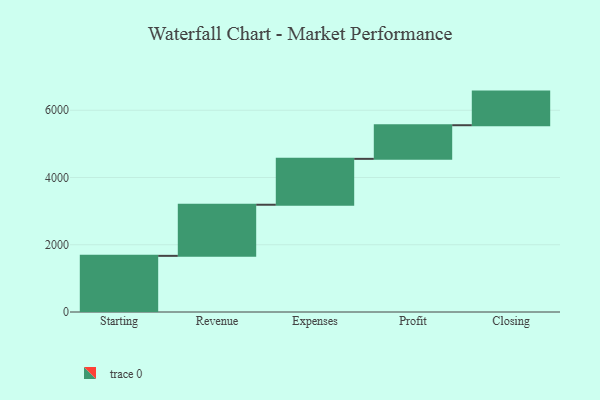
{"axis": {"x": "Step", "y": "Value"}, "legend": [""], "data": [{"x": "Starting", "y": 1670.0, "type": ""}, {"x": "Revenue", "y": 1520.0, "type": ""}, {"x": "Expenses", "y": 1365.0, "type": ""}, {"x": "Profit", "y": 1000, "type": ""}, {"x": "Closing", "y": 1000, "type": ""}]}